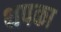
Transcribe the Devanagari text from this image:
थपका